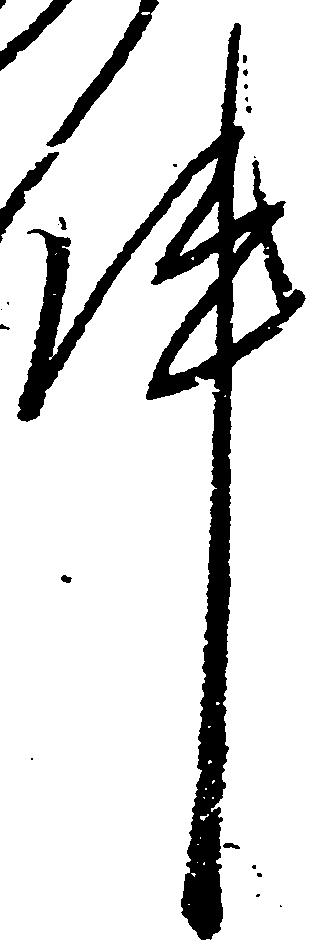
件